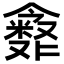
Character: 𪝶